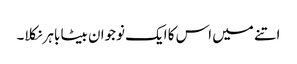
اتنے میں اس کا ایک نوجوان بیٹا باہر نکلا۔